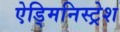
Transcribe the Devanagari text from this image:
ऐड्मिनिस्ट्रेश